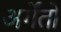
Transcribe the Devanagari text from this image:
अर्गेंतो